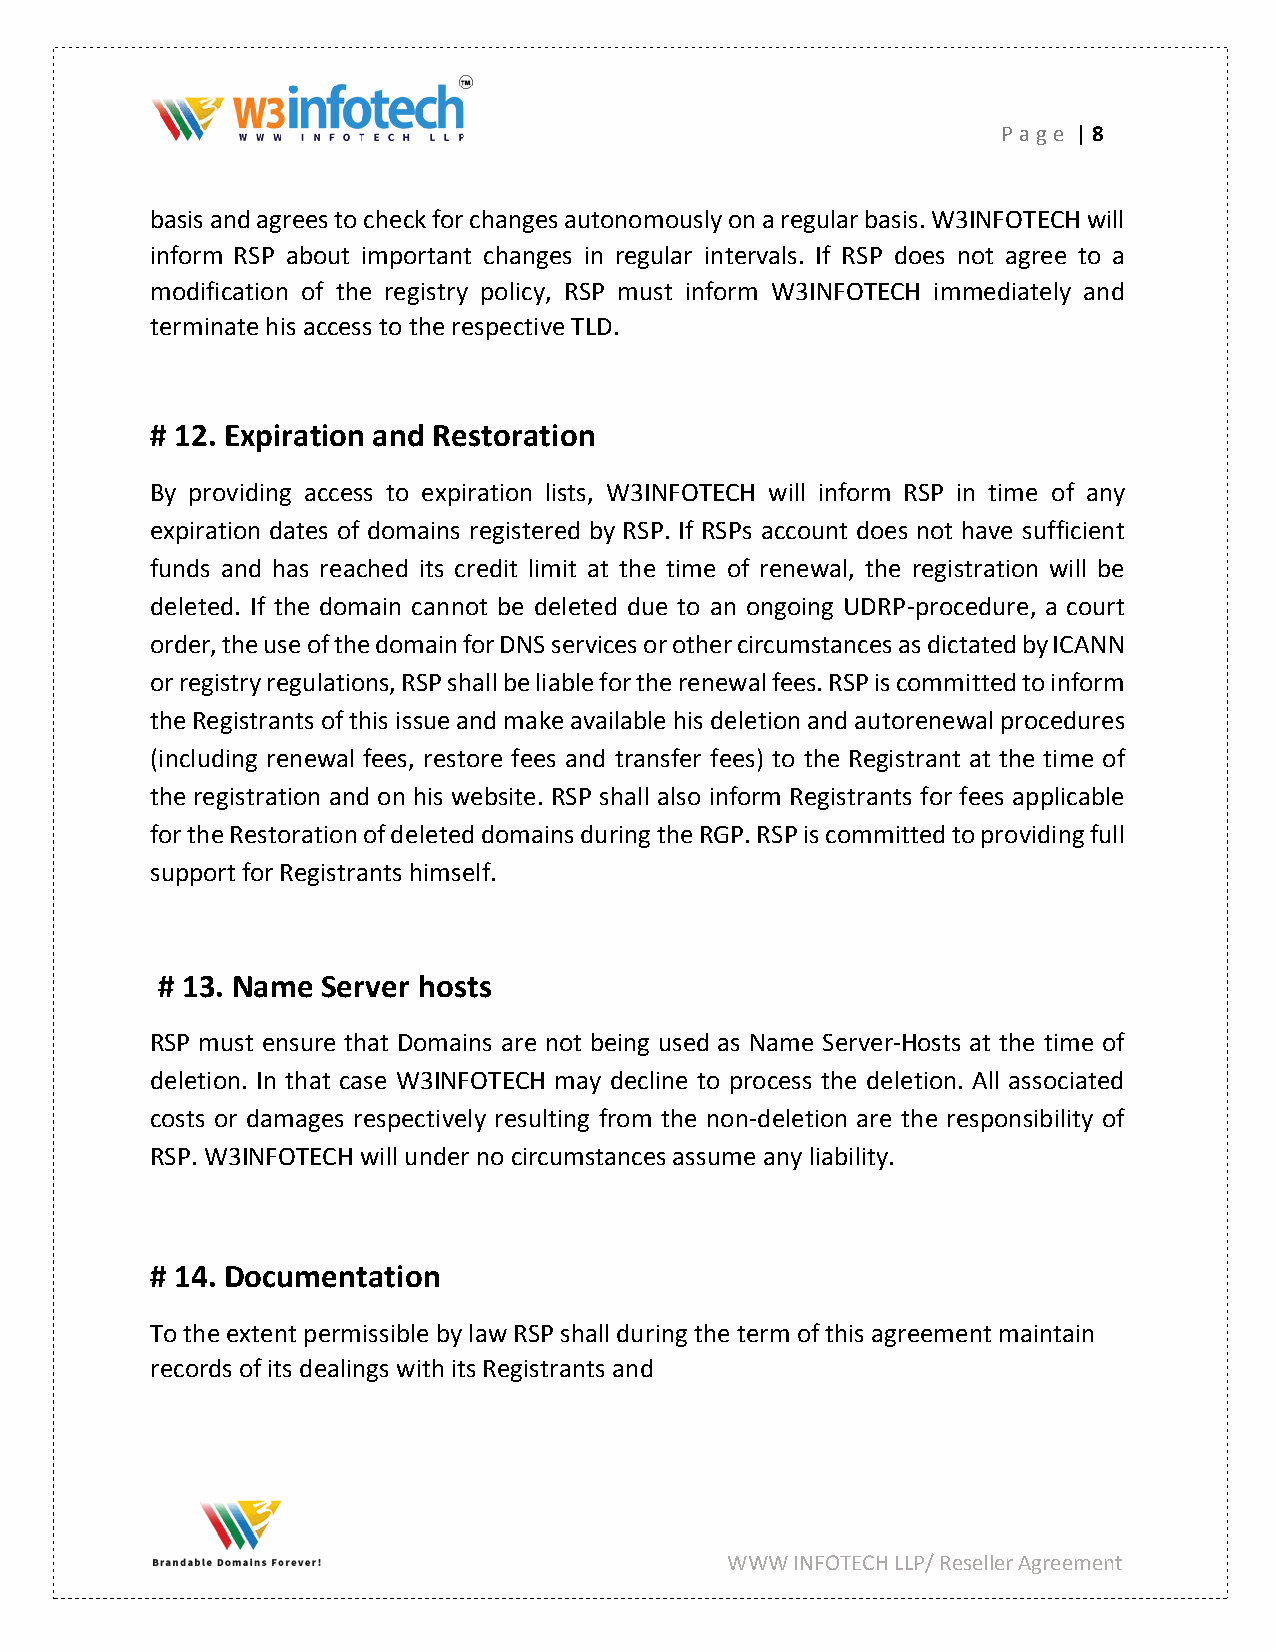
P age | 8
 basis and agrees to check for changes autonomously on a regular basis. W3INFOTECH will
 inform RSP about important changes in regular intervals. If RSP does not agree to a
 modification of the registry policy, RSP must inform W3INFOTECH immediately and
 terminate his access to the respective TLD.
 # 12. Expiration and Restoration
 By providing access to expiration lists, W3INFOTECH will inform RSP in time of any
 expiration dates of domains registered by RSP. If RSPs account does not have sufficient
 funds and has reached its credit limit at the time of renewal, the registration will be
 deleted. If the domain cannot be deleted due to an ongoing UDRP-procedure, a court
 order, the use of the domain for DNS services or other circumstances as dictated by ICANN
 or registry regulations, RSP shall be liable for the renewal fees. RSP is committed to inform
 the Registrants of this issue and make available his deletion and autorenewal procedures
 (including renewal fees, restore fees and transfer fees) to the Registrant at the time of
 the registration and on his website. RSP shall also inform Registrants for fees applicable
 for the Restoration of deleted domains during the RGP. RSP is committed to providing full
 support for Registrants himself.
 # 13. Name Server hosts
 RSP must ensure that Domains are not being used as Name Server-Hosts at the time of
 deletion. In that case W3INFOTECH may decline to process the deletion. All associated
 costs or damages respectively resulting from the non-deletion are the responsibility of
 RSP. W3INFOTECH will under no circumstances assume any liability.
 # 14. Documentation
 To the extent permissible by law RSP shall during the term of this agreement maintain
 records of its dealings with its Registrants and
 WWW  INFOTECH LLP/ Reseller Agreement